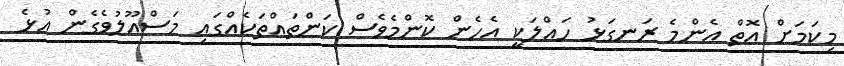
މިކަމަށް އޮތް އެންމެ ރަނގަޅު ހައްލަކީ އެހެން ކޮންމެވެސް ކަންތައްތަކެއްގައި މަސްއޫލުވެގެން އުޅެ